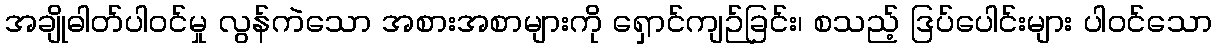
အချိုဓါတ်ပါဝင်မှု လွန်ကဲသော အစားအစာများကို ရှောင်ကျဉ်ခြင်း၊ စသည့် ဒြပ်ပေါင်းများ ပါဝင်သော